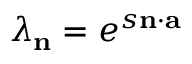
\lambda _ { \mathbf { n } } = e ^ { s \mathbf { n } \cdot \mathbf { a } }